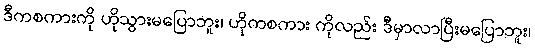
ဒီကစကားကို ဟိုသွားမပြောဘူး၊ ဟိုကစကား ကိုလည်း ဒီမှာလာပြီးမပြောဘူး၊